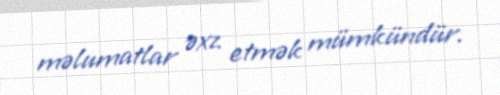
məlumatlar əxz etmək mümkündür.